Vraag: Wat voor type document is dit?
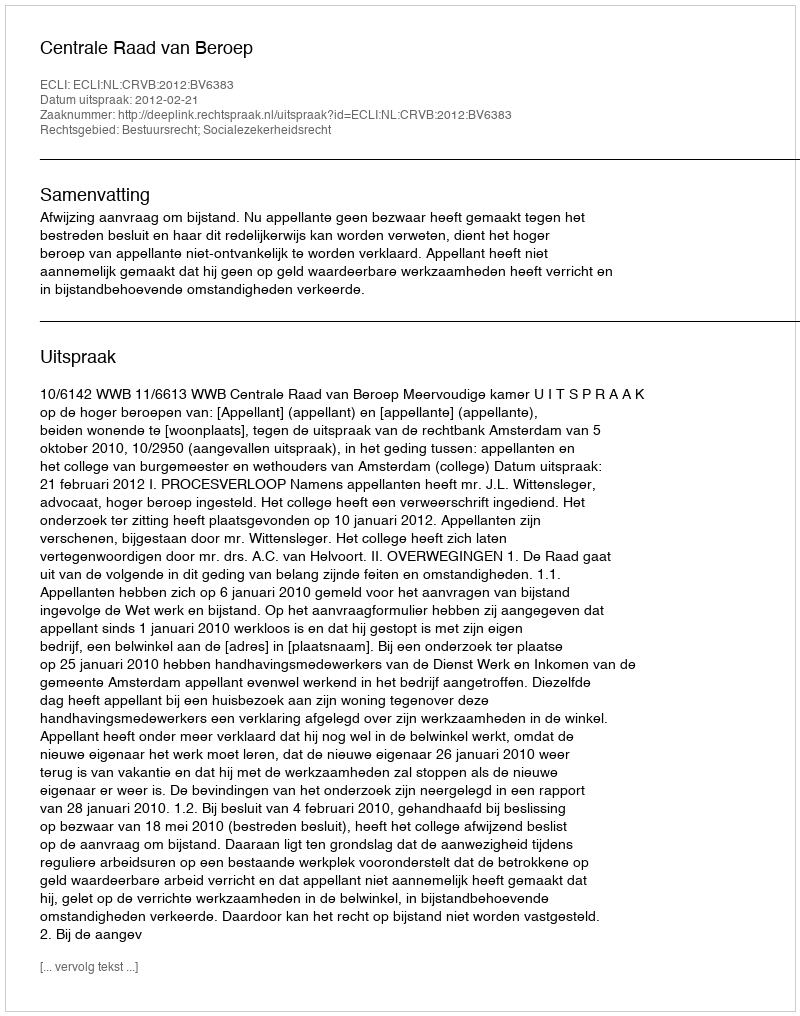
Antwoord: Uitspraak